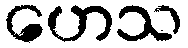
ဟေသ